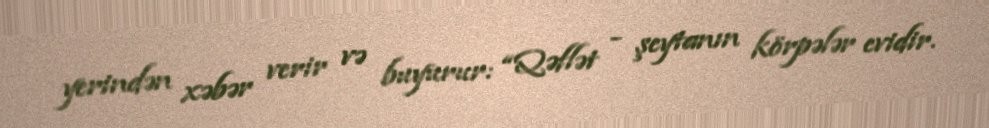
yerindən xəbər verir və buyurur: “Qəflət - şeytanın körpələr evidir.